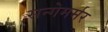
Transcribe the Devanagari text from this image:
सन्गेमर्मर